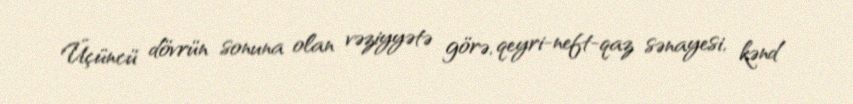
Üçüncü dövrün sonuna olan vəziyyətə görə, qeyri-neft-qaz sənayesi, kənd